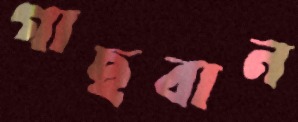
গাছবান